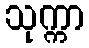
သုက္ကာ